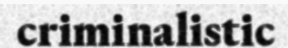
criminalistic